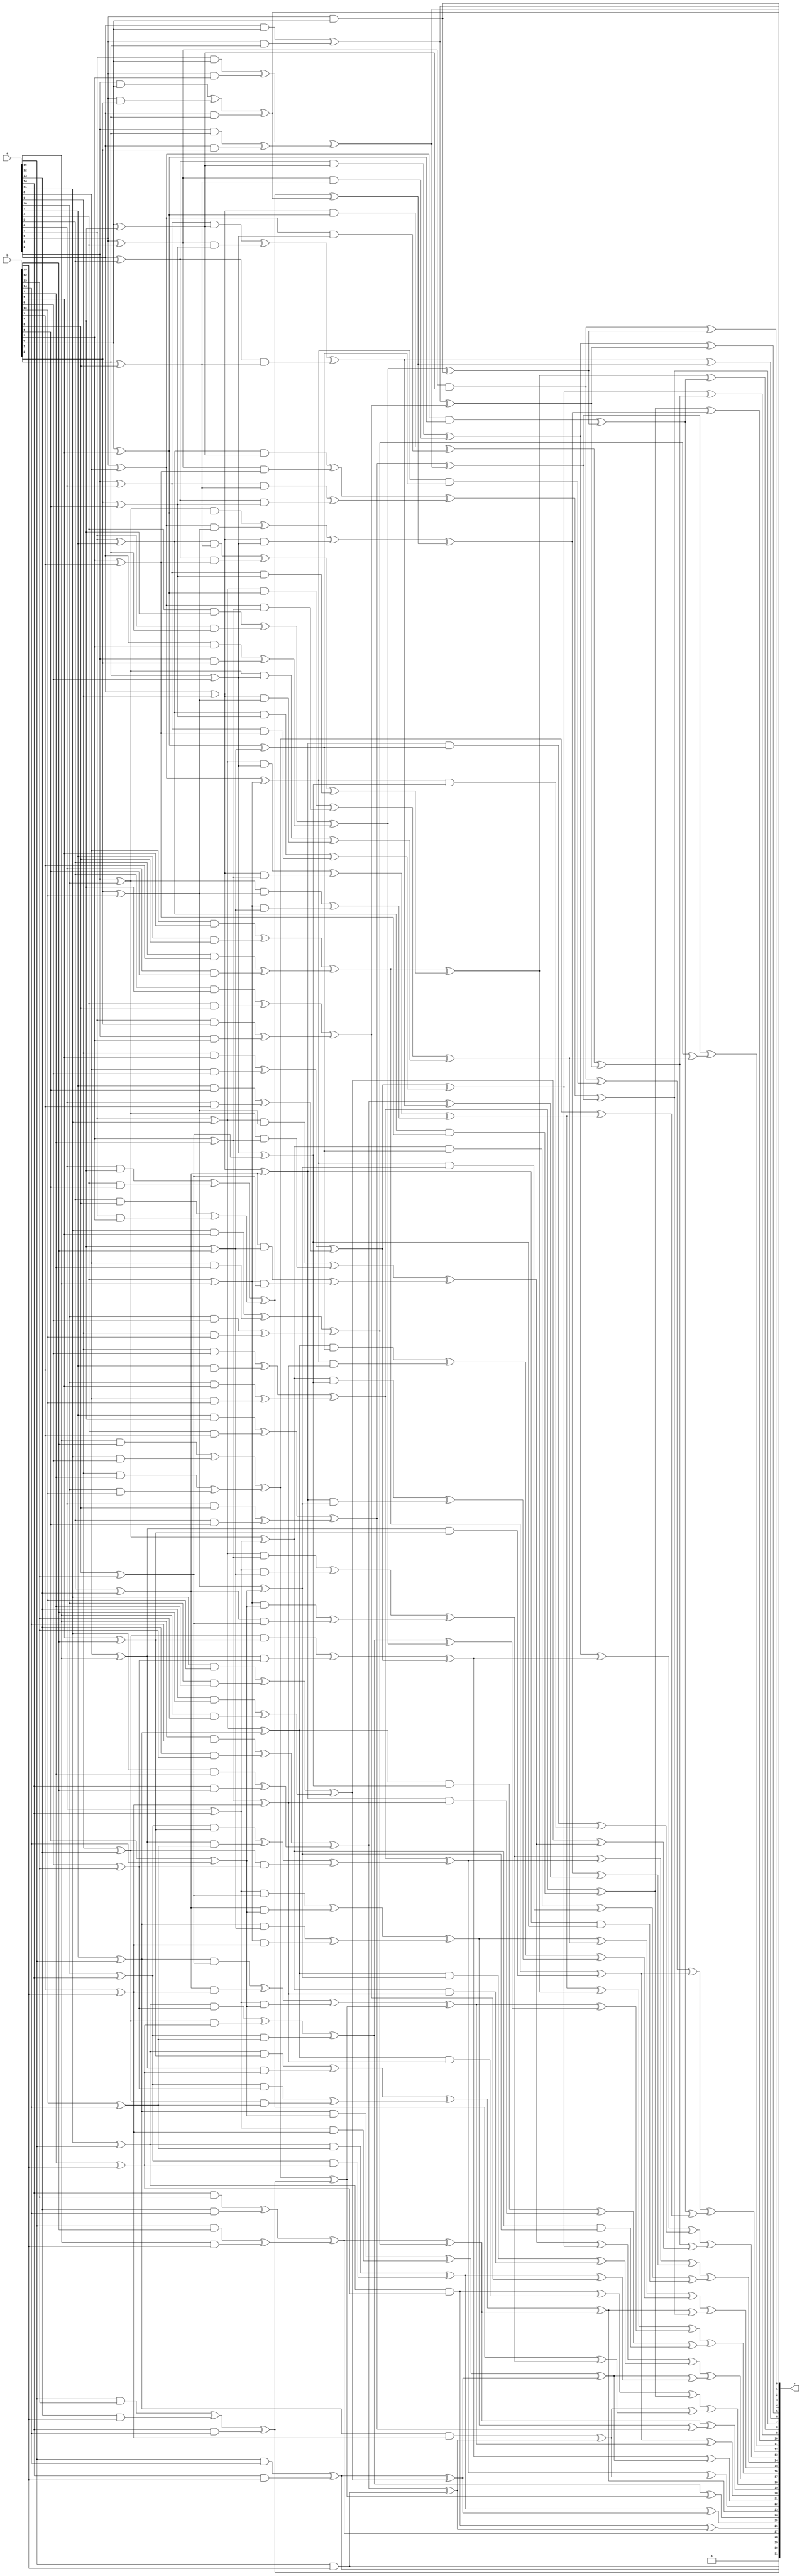
// SPDX-FileCopyrightText: 2021 Thinh Pham
//
// Licensed under the Apache License, Version 2.0 (the "License");
// you may not use this file except in compliance with the License.
// You may obtain a copy of the License at
//
//      http://www.apache.org/licenses/LICENSE-2.0
//
// Unless required by applicable law or agreed to in writing, software
// distributed under the License is distributed on an "AS IS" BASIS,
// WITHOUT WARRANTIES OR CONDITIONS OF ANY KIND, either express or implied.
// See the License for the specific language governing permissions and
// limitations under the License.
//
// SPDX-License-Identifier: Apache-2.0
module ibex_poly16_mul (
	a,
	b,
	r
);
	input wire [15:0] a;
	input wire [15:0] b;
	output wire [31:0] r;
	wire t1;
	wire t2;
	wire t3;
	wire t4;
	wire t5;
	wire t6;
	wire t7;
	wire t8;
	wire t9;
	wire t10;
	wire t11;
	wire t12;
	wire t13;
	wire t14;
	wire t15;
	wire t16;
	wire t17;
	wire t18;
	wire t19;
	wire t20;
	wire t21;
	wire t22;
	wire t23;
	wire t24;
	wire t25;
	wire t26;
	wire t27;
	wire t28;
	wire t29;
	wire t30;
	wire t31;
	wire t32;
	wire t33;
	wire t34;
	wire t35;
	wire t36;
	wire t37;
	wire t38;
	wire t39;
	wire t40;
	wire t41;
	wire t42;
	wire t43;
	wire t44;
	wire t45;
	wire t46;
	wire t47;
	wire t48;
	wire t49;
	wire t50;
	wire t51;
	wire t52;
	wire t53;
	wire t54;
	wire t55;
	wire t56;
	wire t57;
	wire t58;
	wire t59;
	wire t60;
	wire t61;
	wire t62;
	wire t63;
	wire t64;
	wire t65;
	wire t66;
	wire t67;
	wire t68;
	wire t69;
	wire t70;
	wire t71;
	wire t72;
	wire t73;
	wire t74;
	wire t75;
	wire t76;
	wire t77;
	wire t78;
	wire t79;
	wire t80;
	wire t81;
	wire t82;
	wire t83;
	wire t84;
	wire t85;
	wire t86;
	wire t87;
	wire t88;
	wire t89;
	wire t90;
	wire t91;
	wire t92;
	wire t93;
	wire t94;
	wire t95;
	wire t96;
	wire t97;
	wire t98;
	wire t99;
	wire t100;
	wire t101;
	wire t102;
	wire t103;
	wire t104;
	wire t105;
	wire t106;
	wire t107;
	wire t108;
	wire t109;
	wire t110;
	wire t111;
	wire t112;
	wire t113;
	wire t114;
	wire t115;
	wire t116;
	wire t117;
	wire t118;
	wire t119;
	wire t120;
	wire t121;
	wire t122;
	wire t123;
	wire t124;
	wire t125;
	wire t126;
	wire t127;
	wire t128;
	wire t129;
	wire t130;
	wire t131;
	wire t132;
	wire t133;
	wire t134;
	wire t135;
	wire t136;
	wire t137;
	wire t138;
	wire t139;
	wire t140;
	wire t141;
	wire t142;
	wire t143;
	wire t144;
	wire t145;
	wire t146;
	wire t147;
	wire t148;
	wire t149;
	wire t150;
	wire t151;
	wire t152;
	wire t153;
	wire t154;
	wire t155;
	wire t156;
	wire t157;
	wire t158;
	wire t159;
	wire t160;
	wire t161;
	wire t162;
	wire t163;
	wire t164;
	wire t165;
	wire t166;
	wire t167;
	wire t168;
	wire t169;
	wire t170;
	wire t171;
	wire t172;
	wire t173;
	wire t174;
	wire t175;
	wire t176;
	wire t177;
	wire t178;
	wire t179;
	wire t180;
	wire t181;
	wire t182;
	wire t183;
	wire t184;
	wire t185;
	wire t186;
	wire t187;
	wire t188;
	wire t189;
	wire t190;
	wire t191;
	wire t192;
	wire t193;
	wire t194;
	wire t195;
	wire t196;
	wire t197;
	wire t198;
	wire t199;
	wire t200;
	wire t201;
	wire t202;
	wire t203;
	wire t204;
	wire t205;
	wire t206;
	wire t207;
	wire t208;
	wire t209;
	wire t210;
	wire t211;
	wire t212;
	wire t213;
	wire t214;
	wire t215;
	wire t216;
	wire t217;
	wire t218;
	wire t219;
	wire t220;
	wire t221;
	wire t222;
	wire t223;
	wire t224;
	wire t225;
	wire t226;
	wire t227;
	wire t228;
	wire t229;
	wire t230;
	wire t231;
	wire t232;
	wire t233;
	wire t234;
	wire t235;
	wire t236;
	wire t237;
	wire t238;
	wire t239;
	wire t240;
	wire t241;
	wire t242;
	wire t243;
	wire t244;
	wire t245;
	wire t246;
	wire t247;
	wire t248;
	wire t249;
	wire t250;
	wire t251;
	wire t252;
	wire t253;
	wire t254;
	wire t255;
	wire t256;
	wire t257;
	wire t258;
	wire t259;
	wire t260;
	wire t261;
	wire t262;
	wire t263;
	wire t264;
	wire t265;
	wire t266;
	wire t267;
	wire t268;
	wire t269;
	wire t270;
	wire t271;
	wire t272;
	wire t273;
	wire t274;
	wire t275;
	wire t276;
	wire t277;
	wire t278;
	wire t279;
	wire t280;
	wire t281;
	wire t282;
	wire t283;
	wire t284;
	wire t285;
	wire t286;
	wire t287;
	wire t288;
	wire t289;
	wire t290;
	wire t291;
	wire t292;
	wire t293;
	wire t294;
	wire t295;
	wire t296;
	wire t297;
	wire t298;
	wire t299;
	wire t300;
	wire t301;
	wire t302;
	wire t303;
	wire t304;
	wire t305;
	wire t306;
	wire t307;
	wire t308;
	wire t309;
	wire t310;
	wire t311;
	wire t312;
	wire t313;
	wire t314;
	wire t315;
	wire t316;
	wire t317;
	wire t318;
	wire z0;
	wire z1;
	wire z2;
	wire z3;
	wire z4;
	wire z5;
	wire z6;
	wire z7;
	wire z8;
	wire z9;
	wire z10;
	wire z11;
	wire z12;
	wire z13;
	wire z14;
	wire z15;
	wire z16;
	wire z17;
	wire z18;
	wire z19;
	wire z20;
	wire z21;
	wire z22;
	wire z23;
	wire z24;
	wire z25;
	wire z26;
	wire z27;
	wire z28;
	wire z29;
	wire z30;
	assign z30 = a[15] & b[15];
	assign t1 = a[15] & b[12];
	assign t2 = a[15] & b[13];
	assign t3 = a[15] & b[14];
	assign t4 = a[12] & b[15];
	assign t5 = a[13] & b[15];
	assign t6 = a[14] & b[15];
	assign t7 = a[14] & b[14];
	assign t8 = a[14] & b[12];
	assign t9 = a[14] & b[13];
	assign t10 = a[12] & b[14];
	assign t11 = a[13] & b[14];
	assign t12 = a[13] & b[13];
	assign t13 = a[13] & b[12];
	assign t14 = a[12] & b[13];
	assign t15 = a[12] & b[12];
	assign t16 = a[11] & b[11];
	assign t17 = a[11] & b[8];
	assign t18 = a[11] & b[9];
	assign t19 = a[11] & b[10];
	assign t20 = a[8] & b[11];
	assign t21 = a[9] & b[11];
	assign t22 = a[10] & b[11];
	assign t23 = a[10] & b[10];
	assign t24 = a[10] & b[8];
	assign t25 = a[10] & b[9];
	assign t26 = a[8] & b[10];
	assign t27 = a[9] & b[10];
	assign t28 = a[9] & b[9];
	assign t29 = a[9] & b[8];
	assign t30 = a[8] & b[9];
	assign t31 = a[8] & b[8];
	assign t32 = a[7] & b[7];
	assign t33 = a[7] & b[4];
	assign t34 = a[7] & b[5];
	assign t35 = a[7] & b[6];
	assign t36 = a[4] & b[7];
	assign t37 = a[5] & b[7];
	assign t38 = a[6] & b[7];
	assign t39 = a[6] & b[6];
	assign t40 = a[6] & b[4];
	assign t41 = a[6] & b[5];
	assign t42 = a[4] & b[6];
	assign t43 = a[5] & b[6];
	assign t44 = a[5] & b[5];
	assign t45 = a[5] & b[4];
	assign t46 = a[4] & b[5];
	assign t47 = a[4] & b[4];
	assign t48 = a[3] & b[3];
	assign t49 = a[3] & b[0];
	assign t50 = a[3] & b[1];
	assign t51 = a[3] & b[2];
	assign t52 = a[0] & b[3];
	assign t53 = a[1] & b[3];
	assign t54 = a[2] & b[3];
	assign t55 = a[2] & b[2];
	assign t56 = a[2] & b[0];
	assign t57 = a[2] & b[1];
	assign t58 = a[0] & b[2];
	assign t59 = a[1] & b[2];
	assign t60 = a[1] & b[1];
	assign t61 = a[1] & b[0];
	assign t62 = a[0] & b[1];
	assign z0 = a[0] & b[0];
	assign t63 = b[8] ^ b[12];
	assign t64 = b[9] ^ b[13];
	assign t65 = b[10] ^ b[14];
	assign t66 = b[11] ^ b[15];
	assign t67 = a[8] ^ a[12];
	assign t68 = a[9] ^ a[13];
	assign t69 = a[10] ^ a[14];
	assign t70 = a[11] ^ a[15];
	assign t71 = t70 & t66;
	assign t72 = t70 & t63;
	assign t73 = t70 & t64;
	assign t74 = t70 & t65;
	assign t75 = t67 & t66;
	assign t76 = t68 & t66;
	assign t77 = t69 & t66;
	assign t78 = t69 & t65;
	assign t79 = t69 & t63;
	assign t80 = t69 & t64;
	assign t81 = t67 & t65;
	assign t82 = t68 & t65;
	assign t83 = t68 & t64;
	assign t84 = t68 & t63;
	assign t85 = t67 & t64;
	assign t86 = t67 & t63;
	assign t87 = b[0] ^ b[4];
	assign t88 = b[1] ^ b[5];
	assign t89 = b[2] ^ b[6];
	assign t90 = b[3] ^ b[7];
	assign t91 = a[0] ^ a[4];
	assign t92 = a[1] ^ a[5];
	assign t93 = a[2] ^ a[6];
	assign t94 = a[3] ^ a[7];
	assign t95 = t94 & t90;
	assign t96 = t94 & t87;
	assign t97 = t94 & t88;
	assign t98 = t94 & t89;
	assign t99 = t91 & t90;
	assign t100 = t92 & t90;
	assign t101 = t93 & t90;
	assign t102 = t93 & t89;
	assign t103 = t93 & t87;
	assign t104 = t93 & t88;
	assign t105 = t91 & t89;
	assign t106 = t92 & t89;
	assign t107 = t92 & t88;
	assign t108 = t92 & t87;
	assign t109 = t91 & t88;
	assign t110 = t91 & t87;
	assign t111 = b[4] ^ b[12];
	assign t112 = b[5] ^ b[13];
	assign t113 = b[6] ^ b[14];
	assign t114 = b[7] ^ b[15];
	assign t115 = b[0] ^ b[8];
	assign t116 = b[1] ^ b[9];
	assign t117 = b[2] ^ b[10];
	assign t118 = b[3] ^ b[11];
	assign t119 = a[4] ^ a[12];
	assign t120 = a[5] ^ a[13];
	assign t121 = a[6] ^ a[14];
	assign t122 = a[7] ^ a[15];
	assign t123 = a[0] ^ a[8];
	assign t124 = a[1] ^ a[9];
	assign t125 = a[2] ^ a[10];
	assign t126 = a[3] ^ a[11];
	assign t127 = t126 & t118;
	assign t128 = t126 & t115;
	assign t129 = t126 & t116;
	assign t130 = t126 & t117;
	assign t131 = t123 & t118;
	assign t132 = t124 & t118;
	assign t133 = t125 & t118;
	assign t134 = t125 & t117;
	assign t135 = t125 & t115;
	assign t136 = t125 & t116;
	assign t137 = t123 & t117;
	assign t138 = t124 & t117;
	assign t139 = t124 & t116;
	assign t140 = t124 & t115;
	assign t141 = t123 & t116;
	assign t142 = t123 & t115;
	assign t143 = t122 & t114;
	assign t144 = t122 & t111;
	assign t145 = t122 & t112;
	assign t146 = t122 & t113;
	assign t147 = t119 & t114;
	assign t148 = t120 & t114;
	assign t149 = t121 & t114;
	assign t150 = t121 & t113;
	assign t151 = t121 & t111;
	assign t152 = t121 & t112;
	assign t153 = t119 & t113;
	assign t154 = t120 & t113;
	assign t155 = t120 & t112;
	assign t156 = t120 & t111;
	assign t157 = t119 & t112;
	assign t158 = t119 & t111;
	assign t159 = t115 ^ t111;
	assign t160 = t116 ^ t112;
	assign t161 = t117 ^ t113;
	assign t162 = t118 ^ t114;
	assign t163 = t123 ^ t119;
	assign t164 = t124 ^ t120;
	assign t165 = t125 ^ t121;
	assign t166 = t126 ^ t122;
	assign t167 = t166 & t162;
	assign t168 = t166 & t159;
	assign t169 = t166 & t160;
	assign t170 = t166 & t161;
	assign t171 = t163 & t162;
	assign t172 = t164 & t162;
	assign t173 = t165 & t162;
	assign t174 = t165 & t161;
	assign t175 = t165 & t159;
	assign t176 = t165 & t160;
	assign t177 = t163 & t161;
	assign t178 = t164 & t161;
	assign t179 = t164 & t160;
	assign t180 = t164 & t159;
	assign t181 = t163 & t160;
	assign t182 = t163 & t159;
	assign t183 = t73 ^ t76;
	assign t184 = t97 ^ t100;
	assign t185 = t15 ^ t18;
	assign t186 = t129 ^ t132;
	assign t187 = t134 ^ t158;
	assign t188 = t145 ^ t148;
	assign t189 = t169 ^ t172;
	assign t190 = t2 ^ t5;
	assign t191 = t21 ^ t23;
	assign t192 = t31 ^ t34;
	assign t193 = t37 ^ t39;
	assign t194 = t47 ^ t50;
	assign t195 = t53 ^ t55;
	assign t196 = t183 ^ t78;
	assign t197 = t192 ^ t193;
	assign t198 = t194 ^ t195;
	assign t199 = t184 ^ t102;
	assign t200 = t185 ^ t191;
	assign t201 = t186 ^ t187;
	assign t202 = t188 ^ t150;
	assign t203 = t189 ^ t174;
	assign z28 = t190 ^ t7;
	assign t204 = t198 ^ z0;
	assign z4 = t110 ^ t204;
	assign t205 = t200 ^ z28;
	assign z24 = t196 ^ t205;
	assign t206 = t197 ^ t199;
	assign t207 = t197 ^ t86;
	assign t208 = t202 ^ t205;
	assign z20 = t207 ^ t208;
	assign t209 = t142 ^ t204;
	assign z8 = t206 ^ t209;
	assign t210 = t196 ^ t198;
	assign t211 = t201 ^ t206;
	assign t212 = t208 ^ t210;
	assign t213 = t211 ^ t212;
	assign t214 = t200 ^ t201;
	assign t215 = t110 ^ t182;
	assign t216 = t209 ^ t214;
	assign t217 = t215 ^ t207;
	assign z12 = t217 ^ t216;
	assign z16 = t213 ^ t203;
	assign t218 = t74 ^ t77;
	assign t219 = t84 ^ t85;
	assign t220 = t13 ^ t14;
	assign t221 = t98 ^ t101;
	assign t222 = t108 ^ t109;
	assign t223 = t130 ^ t133;
	assign t224 = t140 ^ t141;
	assign t225 = t146 ^ t149;
	assign t226 = t156 ^ t157;
	assign t227 = t170 ^ t173;
	assign t228 = t19 ^ t22;
	assign t229 = t180 ^ t181;
	assign t230 = t29 ^ t30;
	assign z29 = t3 ^ t6;
	assign t231 = t35 ^ t38;
	assign t232 = t45 ^ t46;
	assign t233 = t51 ^ t54;
	assign z1 = t61 ^ t62;
	assign t234 = t228 ^ t220;
	assign t235 = t230 ^ t231;
	assign t236 = t232 ^ t233;
	assign t237 = t223 ^ t226;
	assign t238 = z29 ^ t234;
	assign z25 = t218 ^ t238;
	assign t239 = z1 ^ t236;
	assign z5 = t222 ^ t239;
	assign t240 = t219 ^ t235;
	assign t241 = t235 ^ t221;
	assign t242 = t224 ^ t239;
	assign z9 = t241 ^ t242;
	assign t243 = t225 ^ t238;
	assign z21 = t240 ^ t243;
	assign t244 = t218 ^ t236;
	assign t245 = t237 ^ t241;
	assign t246 = t243 ^ t244;
	assign t247 = t245 ^ t227;
	assign t248 = t234 ^ t237;
	assign t249 = t222 ^ t240;
	assign t250 = t242 ^ t248;
	assign t251 = t249 ^ t229;
	assign z17 = t247 ^ t246;
	assign z13 = t251 ^ t250;
	assign t252 = t10 ^ t12;
	assign t253 = t79 ^ t81;
	assign t254 = t103 ^ t105;
	assign t255 = t127 ^ t151;
	assign t256 = t135 ^ t137;
	assign t257 = t153 ^ t155;
	assign t258 = t16 ^ t8;
	assign t259 = t175 ^ t177;
	assign t260 = t24 ^ t26;
	assign t261 = t28 ^ t32;
	assign t262 = t40 ^ t42;
	assign t263 = t44 ^ t48;
	assign t264 = t56 ^ t58;
	assign t265 = t252 ^ t258;
	assign t266 = t261 ^ t260;
	assign t267 = t262 ^ t263;
	assign z2 = t264 ^ t60;
	assign t268 = t253 ^ t83;
	assign t269 = t254 ^ t107;
	assign t270 = t255 ^ t257;
	assign t271 = t256 ^ t139;
	assign t272 = t259 ^ t179;
	assign t273 = t265 ^ z30;
	assign z26 = t71 ^ t273;
	assign t274 = t267 ^ z2;
	assign z6 = t269 ^ t274;
	assign t275 = t266 ^ t268;
	assign t276 = t266 ^ t95;
	assign t277 = t271 ^ t274;
	assign z10 = t276 ^ t277;
	assign t278 = t143 ^ t273;
	assign z22 = t275 ^ t278;
	assign t279 = t265 ^ t269;
	assign t280 = t270 ^ t275;
	assign t281 = t277 ^ t279;
	assign t282 = t280 ^ t281;
	assign t283 = t267 ^ t270;
	assign t284 = t71 ^ t167;
	assign t285 = t278 ^ t283;
	assign t286 = t284 ^ t276;
	assign z14 = t282 ^ t272;
	assign z18 = t286 ^ t285;
	assign t287 = t9 ^ t11;
	assign t288 = t72 ^ t75;
	assign t289 = t80 ^ t82;
	assign t290 = t96 ^ t99;
	assign t291 = t104 ^ t106;
	assign t292 = t1 ^ t4;
	assign t293 = t128 ^ t131;
	assign t294 = t136 ^ t138;
	assign t295 = t144 ^ t147;
	assign t296 = t152 ^ t154;
	assign t297 = t17 ^ t20;
	assign t298 = t168 ^ t171;
	assign t299 = t176 ^ t178;
	assign t300 = t25 ^ t27;
	assign t301 = t33 ^ t36;
	assign t302 = t41 ^ t43;
	assign t303 = t49 ^ t52;
	assign t304 = t57 ^ t59;
	assign z27 = t287 ^ t292;
	assign t305 = t296 ^ t295;
	assign t306 = t297 ^ t300;
	assign t307 = t298 ^ t299;
	assign t308 = t301 ^ t302;
	assign z3 = t303 ^ t304;
	assign t309 = t288 ^ t289;
	assign t310 = t290 ^ t291;
	assign t311 = t293 ^ t294;
	assign t312 = z27 ^ t306;
	assign z23 = t309 ^ t312;
	assign t313 = t308 ^ z3;
	assign z7 = t310 ^ t313;
	assign t314 = t305 ^ t308;
	assign z19 = t312 ^ t314;
	assign t315 = t306 ^ t311;
	assign z11 = t313 ^ t315;
	assign t316 = t305 ^ t311;
	assign t317 = z23 ^ z7;
	assign t318 = t316 ^ t307;
	assign z15 = t318 ^ t317;
	assign r = {1'b0, z30, z29, z28, z27, z26, z25, z24, z23, z22, z21, z20, z19, z18, z17, z16, z15, z14, z13, z12, z11, z10, z9, z8, z7, z6, z5, z4, z3, z2, z1, z0};
endmodule